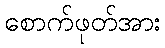
စောက်ဖုတ်အား